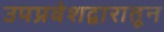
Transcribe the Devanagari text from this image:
उपप्रवेशद्वारातून